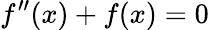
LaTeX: f^{\prime\prime}(x)+f(x)=0